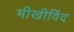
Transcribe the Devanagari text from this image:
भीखीविंद